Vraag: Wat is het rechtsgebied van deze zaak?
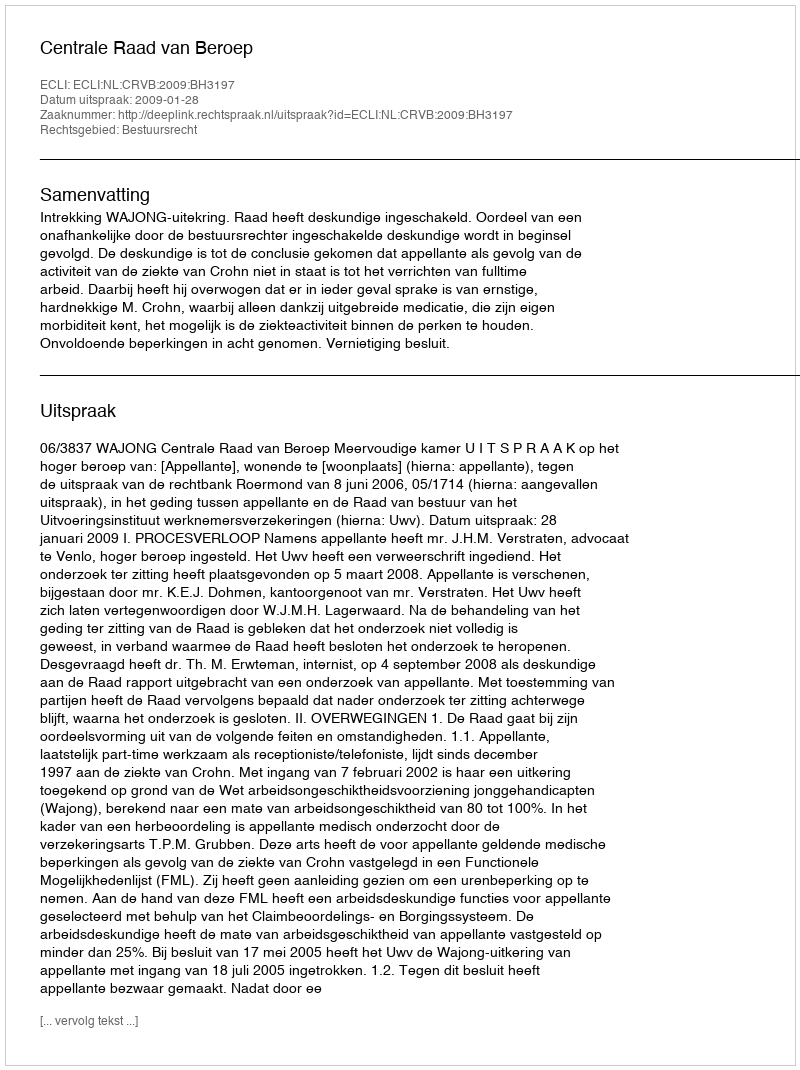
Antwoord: Bestuursrecht